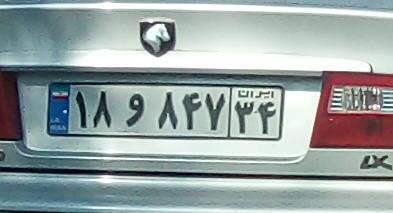
۱۸و۸۴۷۳۴